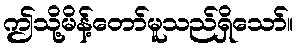
ဤသို့မိန့်တော်မူသည်ရှိသော်။